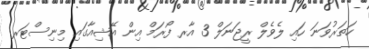
ހަތަރުވަނަ ހައި ލެވެލް ރީޖަނަލް 3 އާރ ފޯރަމް އިން އޭޝިއާގައި މިނިސްޓަރ